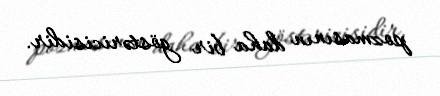
pozmasının daha bir göstəricisidir.